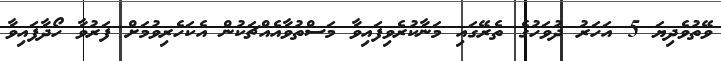
ވޭތުވެދިޔަ 5 އަހަރު ދުވަހުގެ ތެރޭގައި މަނާކުރެވިފައިވާ މަސްތުވާއެއްޗަކުން އެކަހެރިވުމަށް ފަރުވާ ހޯދާފައިވާ